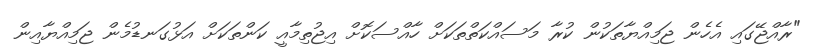
"ރާއްޖޭގައި އެހެން ޖަމިއްޔާތަކުން ކުރާ މަސައްކަތްތަކަށް ހާއްސަކޮށް އިޖުތިމާއީ ކަންތަކަށް އަޅުގަނޑުމެން ޖަމިއްޔާއިން